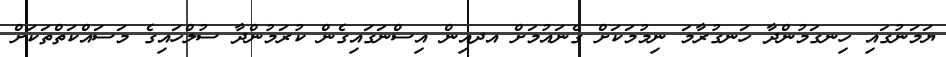
ޔަމަނުގައި ހިނގަމުންދާ ހަނގުރާމަ ނިމުމަކަށް ގެނައުމަށް އދއިން އިސްނަގައިގެން ކުރަމުންދާ ސުލްހައިގެ މަސައްކަތްތަކަށް